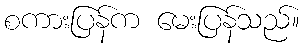
စကားပြန်က မေးပြန်သည်။